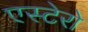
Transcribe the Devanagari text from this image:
एस्टेरो